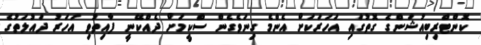
ކޮންޓްރިބިއުޝަންގެ ގޮތުގައި އަހަރަކަށް އެންމެ ގިނަވެގެން ސްކީމަށް ދެއްކޭނީ ފާއިތުވި އަހަރު ދައުލަތުގެ